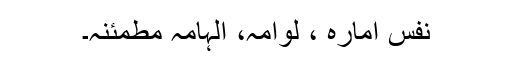
نفس امارہ ، لوامہ، الہامہ مطمئنہ۔